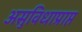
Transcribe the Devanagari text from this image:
असुविधाप्राप्त